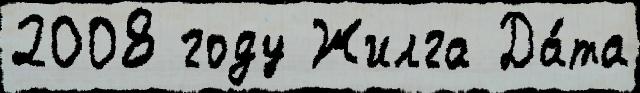
2008 году Жилга Да́та